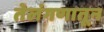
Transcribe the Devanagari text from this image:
तेलंगणातून